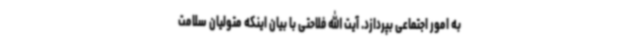
به امور اجتماعی بپردازد. آیت الله فلاحتی با بیان اینکه متولیان سلامت